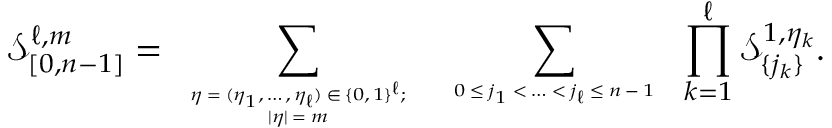
\mathcal { S } _ { [ 0 , n - 1 ] } ^ { \ell , m } = \sum _ { \tiny \begin{array} { c } { \eta = ( \eta _ { 1 } , \ldots , \eta _ { \ell } ) \in \{ 0 , 1 \} ^ { \ell } ; } \\ { | \eta | = m } \end{array} } \, \sum _ { \tiny \begin{array} { c } { 0 \leq j _ { 1 } < \ldots < j _ { \ell } \leq n - 1 } \end{array} } \, \prod _ { k = 1 } ^ { \ell } \mathcal { S } _ { \{ j _ { k } \} } ^ { 1 , \eta _ { k } } .